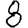
Digit: 8